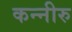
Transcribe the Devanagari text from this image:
कन्नीरु